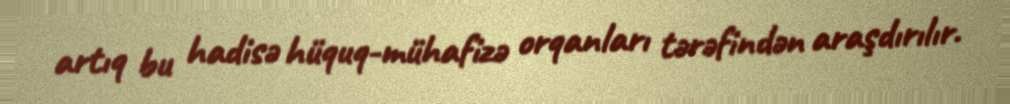
artıq bu hadisə hüquq-mühafizə orqanları tərəfindən araşdırılır.